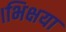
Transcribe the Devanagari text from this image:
।भिक्षया